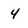
Character: 4